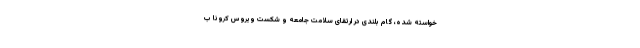
خواسته ‌شده، گام بلندی در ارتقای سلامت جامعه و شکست ویروس کرونا ب